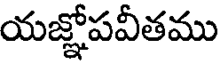
యజ్ఞోపవీతము